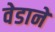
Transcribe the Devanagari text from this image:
वेडाने